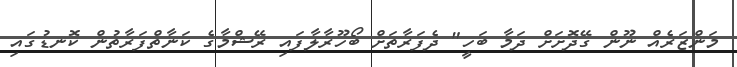
މަންޒަރެއް ނޫން ގޭދޮށަށް ދަމާ ބަހީ" ދެފަރާތަށް ބޯހޫރާލާފައި ރޭޝްމާގެ ކަނާތްފަރާތުން ކޮނޑުގައި